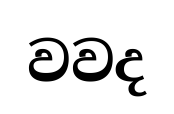
වවද